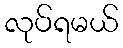
လုပ်ရမယ်